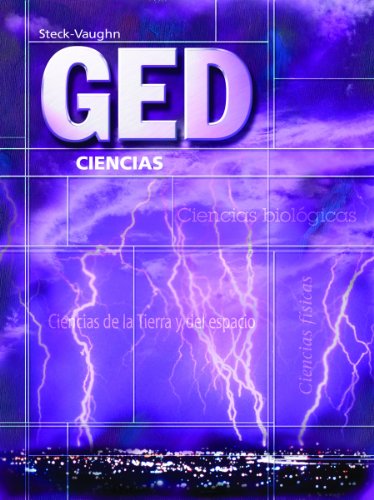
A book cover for Steck-Vaughn GED, Spanish: Student Edition Ciencias (Spanish Edition); STECK-VAUGHN; Test Preparation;